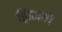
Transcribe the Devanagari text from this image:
झिजतो